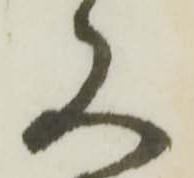
又